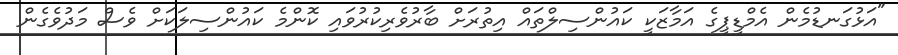
"އަޅުގަނޑުމެން އެމްޑީޕީގެ އަމާޒަކީ ކައުންސިލްތައް އިތުރަށް ބާރުވެރިކުރުވައި ކޮންމެ ކައުންސިލަކަށް ވެސް މަދުވެގެން